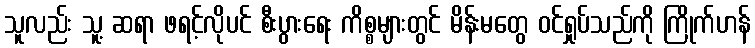
သူလည်း သူ့ ဆရာ ဖရင့်လိုပင် စီးပွားရေး ကိစ္စများတွင် မိန်းမတွေ ဝင်ရှုပ်သည်ကို ကြိုက်ဟန်